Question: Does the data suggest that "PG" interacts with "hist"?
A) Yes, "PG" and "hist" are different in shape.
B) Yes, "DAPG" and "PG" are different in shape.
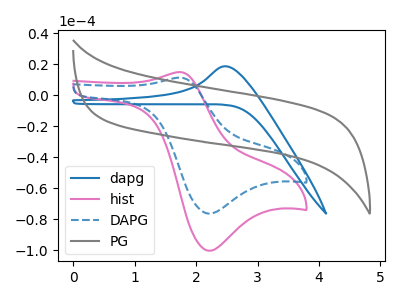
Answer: <think>The blue curve "dapg" has an anodic peak at: (2.50V, 18.75uA). The pink curve "hist" has an anodic peak at (1.75V, 15.00uA) and a cathodic peak at (2.20V, -100.25uA). The blue dashed curve "DAPG" has an anodic peak at (1.75V, 11.40uA) and a cathodic peak at (2.20V, -76.30uA). The gray curve "PG" has no peaks.
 "PG" and "hist" have a different number of peaks.</think>
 <answer>A) Yes, "PG" and "hist" are different in shape.</answer>
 <eval>A</eval>